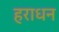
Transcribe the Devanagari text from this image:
हराधन